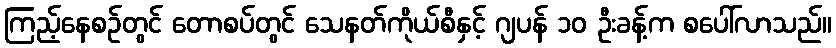
ကြည့်နေစဉ်တွင် တောစပ်တွင် သေနတ်ကိုယ်စီနှင့် ဂျပန် ၁၀ ဦးခန့်က စပေါ်လာသည်။